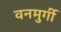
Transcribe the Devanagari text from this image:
वनमुर्गी